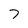
Character: 7